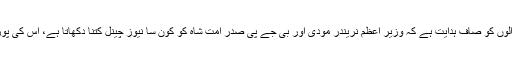
ویسے مانیٹرنگ کرنے والوں کو صاف ہدایت ہے کہ وزیر اعظم نریندر مودی اور بی جے پی صدر امت شاہ کو کون سا نیوز چینل کتنا دکھاتا ہے، اس کی پوری رپورٹ ہر دن تیار ہو۔